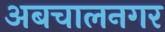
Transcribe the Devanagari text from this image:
अबचालनगर